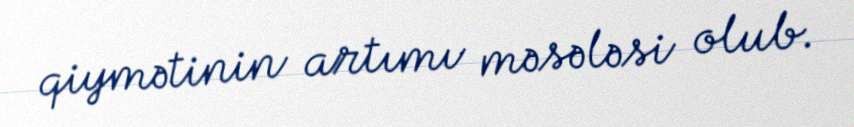
qiymətinin artımı məsələsi olub.